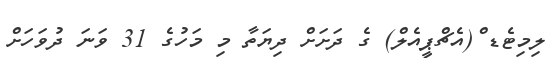
ލިމިޓެޑ ް(އެޗްޕީއެލް) ގެ ދަށަށް ދިޔަތާ މި މަހުގެ 31 ވަނަ ދުވަހަށް